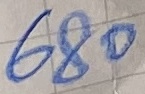
Text: 680